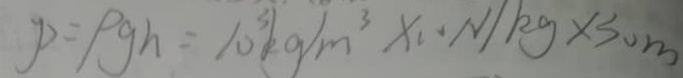
P = \rho g h = 1 0 ^ { 3 } k g / m ^ { 3 } \times 1 0 N / k g \times 3 0 m